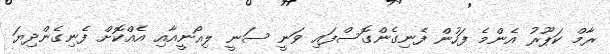
ރާމް ކަޕޫރު އެންމެ ފަހުން ފެނިގެންގޮސްފައި ވަނީ ސަނީ ލިއޯނީއާއި އެއްކޮށް ފެނިގެންދިޔަ